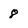
Character: 8